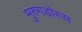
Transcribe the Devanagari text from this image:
मुरुगड़ोस्स